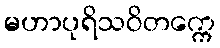
မဟာပုရိသဝိတက္ကေ